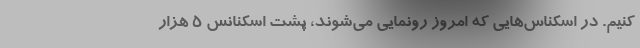
کنیم. در اسکناس‌هایی که امروز رونمایی می‌شوند، پشت اسکنانس 5 هزار